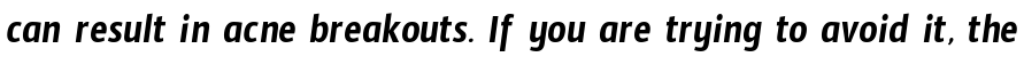
can result in acne breakouts. If you are trying to avoid it, the